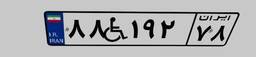
۸۸W۱۹۲۷۸